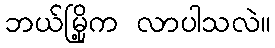
ဘယ်မြို့က လာပါသလဲ။